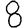
Digit: 8